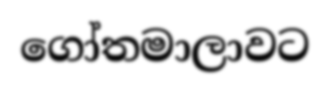
ගෝතමාලාවට